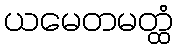
ယမေတမတ္ထံ